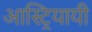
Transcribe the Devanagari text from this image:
आस्ट्रियायी